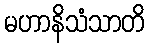
မဟာနိသံသာတိ